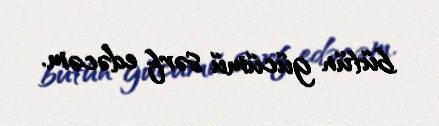
bütün gücümü sərf edəcəm.